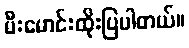
မီးမောင်းထိုးပြပါတယ်။